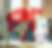
প